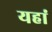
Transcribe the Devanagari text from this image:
यहांं